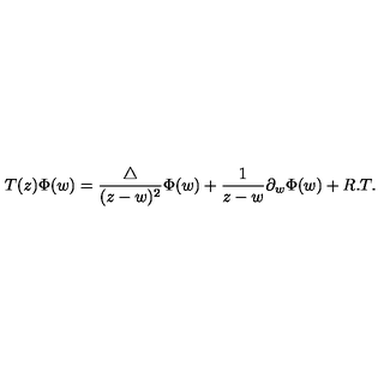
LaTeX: T ( z ) \Phi ( w ) = \frac { \bigtriangleup } { ( z - w ) ^ { 2 } } \Phi ( w ) + \frac { 1 } { z - w } \partial _ { w } { \Phi ( w ) } + R . T .